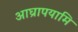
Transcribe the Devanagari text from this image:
आघ्रापयामि